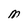
Character: M